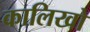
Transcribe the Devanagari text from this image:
कालिखो